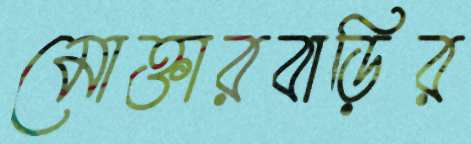
মোক্তারবাড়ির